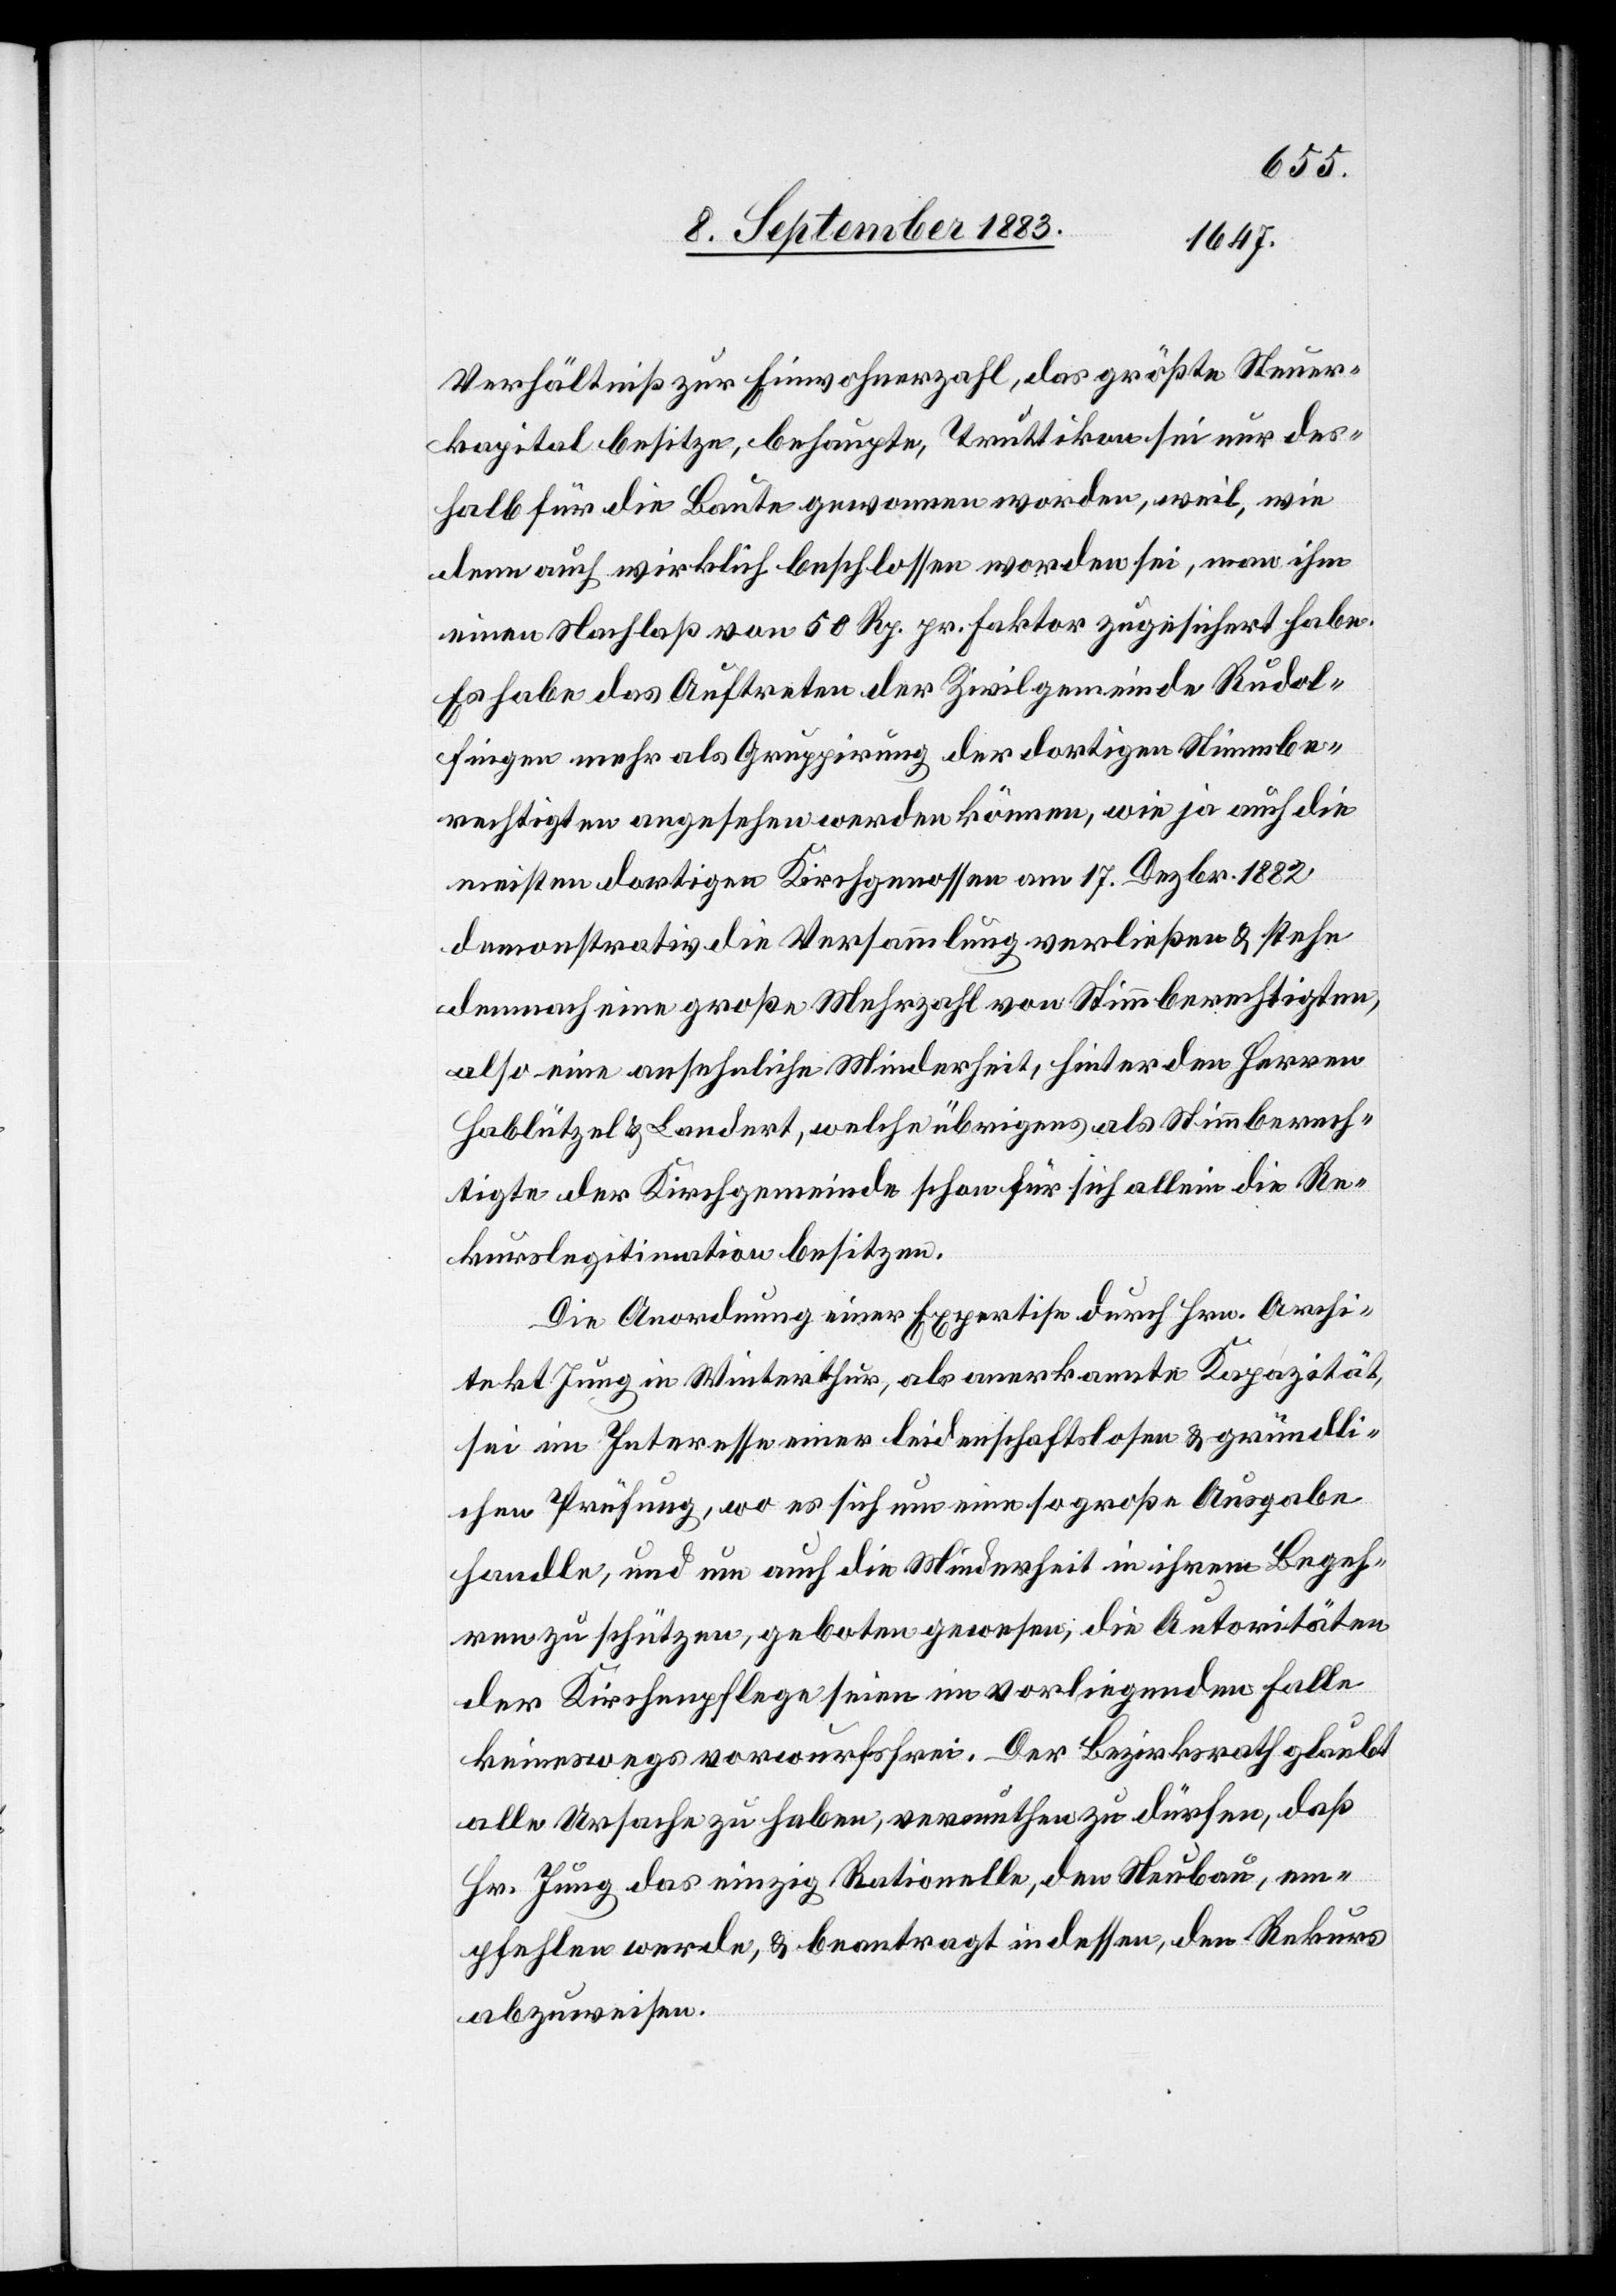
Verhältniß zur Einwohnerzahl, das größte Steuer¬
kapital besitze, behaupte, Truttikon sei nur des¬
halb für die Baute gewonnen worden, weil, wie
denn auch wirklich beschlossen worden sei, man ihm
einen Nachlaß von 50 Rp. pr. Faktor zugesichert habe.
Es habe das Auftreten der Zivilgemeinde Rudol¬
fingen mehr als Gruppirung der dortigen Stimmbe¬
rechtigten angesehen werden können, wie ja auch die
meisten dortigen Kirchgenossen am 17. Dezbr. 1882
demonstrativ die Versammlung verließen & stehe
demnach eine große Mehrzahl von Stimmberechtigten,
also eine ansehnliche Minderheit, hinter den Herren
Hablützel & Landert, welche übrigens als Stimmberech¬
tigte der Kirchgemeinde schon für sich allein die Re¬
kurslegitimation besitzen.
Die Anordnung einer Expertise durch Hrn. Archi¬
tekt Jung in Winterthur, als anerkannte Kapazität,
sei im Interesse einer leidenschaftslosen & gründli¬
chen Prüfung, wo es sich um eine so große Ausgabe
handle, und um auch die Minderheit in ihrem Begeh¬
ren zu schützen, geboten gewesen, die Autoritäten
der Kirchenpflege seien im vorliegenden Falle
keineswegs vorwurfsfrei. Der Bezirksrath glaubt
alle Ursache zu haben, vermuthen zu dürfen, daß
Hr. Jung das einzig Rationelle, den Neubau, em¬
pfehlen werde, & beantragt indessen, den Rekurs
abzuweisen.